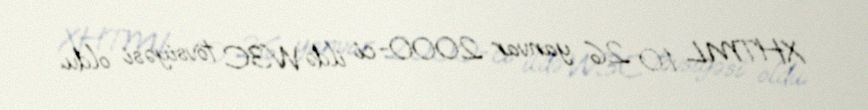
XHTML 1.0 26 yanvar 2000-ci ildə W3C tövsiyəsi oldu.